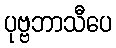
ပုဗ္ဗဘာသီပေ